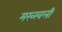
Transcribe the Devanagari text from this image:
मख्खली